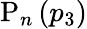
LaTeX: \textrm{P}_{n}\left(p_{3}\right)